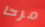
مرحا